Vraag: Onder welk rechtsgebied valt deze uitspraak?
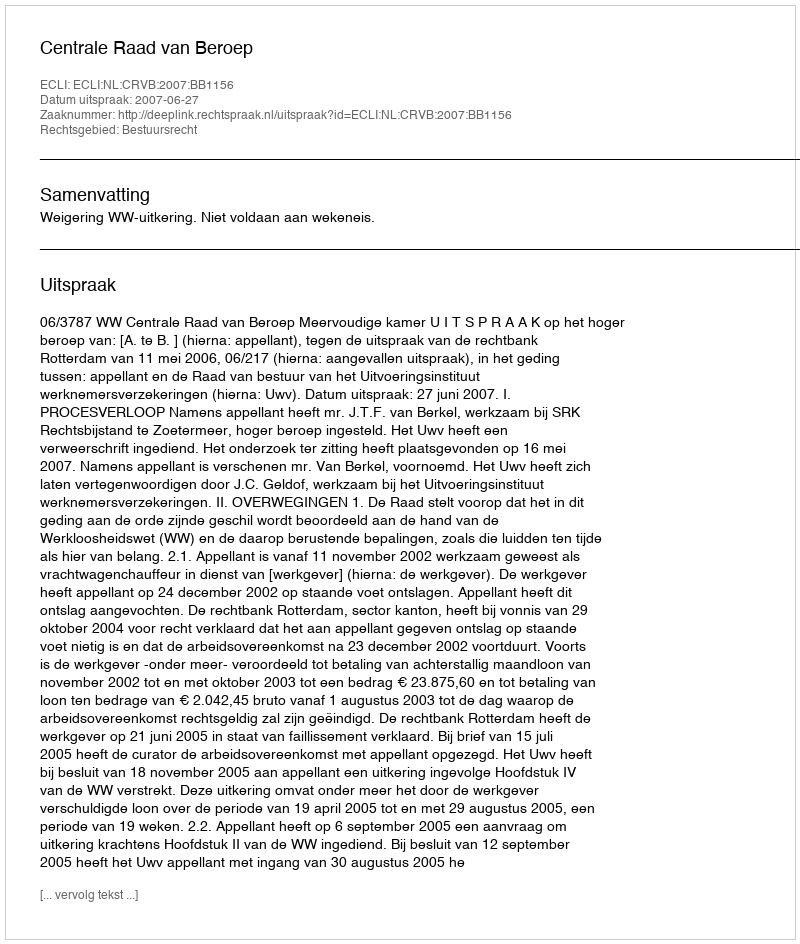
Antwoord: Bestuursrecht